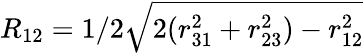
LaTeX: R_{12}=1/2\sqrt{2(r_{31}^{2}+r_{23}^{2})-r_{12}^{2}}